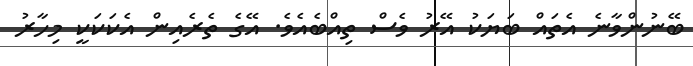
ބޭނުންވާނެ އެތައް ބަޔަކު އޭރު ވެސް ތިއްބެއެވެ. އޭގެ ތެރެއިން އެކަކަކީ މިހާރު